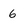
Character: 6